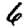
Digit: 6